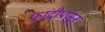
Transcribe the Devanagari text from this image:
फांदीपासून